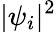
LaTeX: |\psi_{i}|^{2}